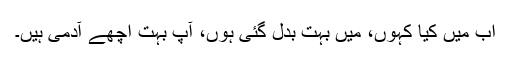
اب میں کیا کہوں، میں بہت بدل گئی ہوں، آپ بہت اچھے آدمی ہیں۔